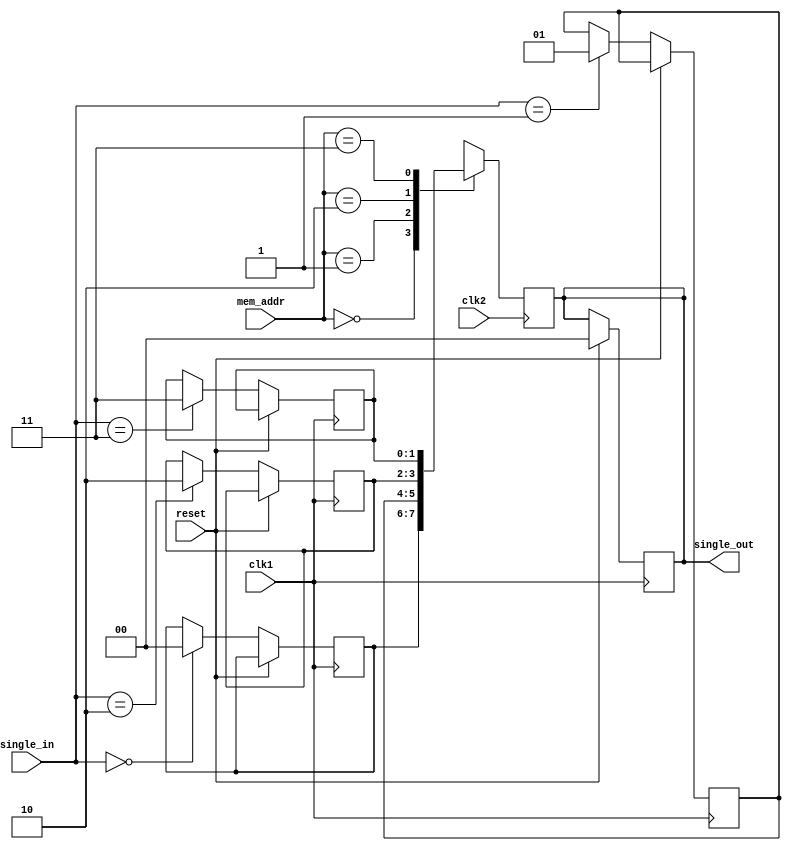
module rom(single_in,single_out,mem_addr,clk1,clk2,reset);

   output reg[1:0]single_out;
    input [1:0]single_in;
    input clk1,clk2,reset;

    input wire[1:0]mem_addr;
    reg [1:0]rom[3:0];

       always@(posedge clk1)

          begin
             if(reset)
                begin
                    single_out<=2'd0;
                 end
             else
                begin
                  case(single_in)
                     2'b00: rom[0]<=2'b00;
                      2'b01: rom[1]<=2'b01;
                      2'b10: rom[2]<=2'b10;
                      2'b11: rom[3]<=2'b11;
                     endcase
                  end
             end


            always@(posedge clk2)

          begin
            
                  single_out<=rom[mem_addr];
        
            end
endmodule